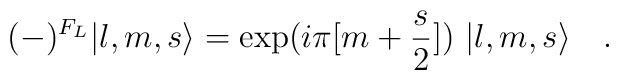
(-)^{F_L}|l,m,s\rangle  = \exp(i\pi [m+{s\over2}])\ |l,m,s\rangle \quad.